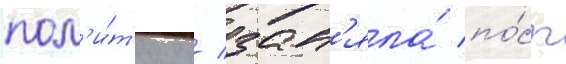
пол'и́т'ику / зан'яла́ по́ст